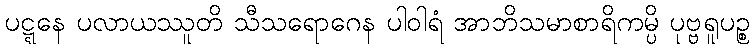
ပဋ္ဋနေ ပလာယဿူတိ သီသရောဂေန ပါဝါရံ အာဘိသမာစာရိကမ္ပိ ပုဗ္ဗရူပဉ္စ